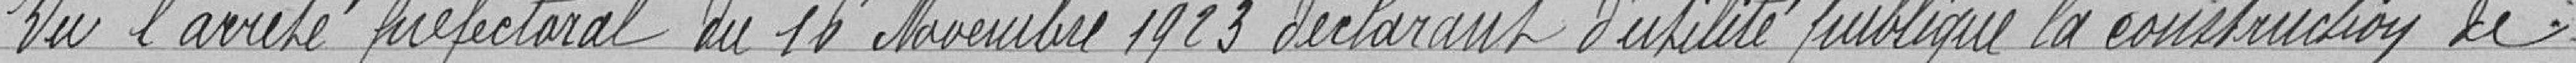
Vu l'arrêté préfectoral du 16 Novembre 1923 déclarant d'utilité publique la construction de